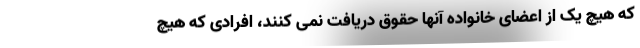
که هیچ یک از اعضای خانواده آنها حقوق دریافت نمی کنند، افرادی که هیچ